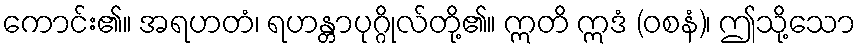
ကောင်း၏။ အရဟတံ၊ ရဟန္တာပုဂ္ဂိုလ်တို့၏။ ဣတိ ဣဒံ (ဝစနံ)၊ ဤသို့သော